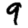
Digit: 9